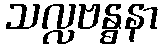
သလ္လဗန္ဓနာ